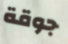
جوقة